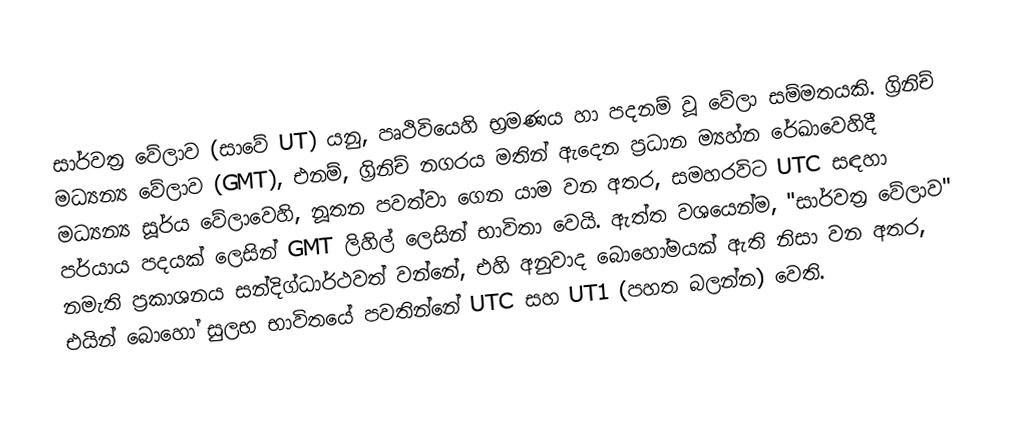
සාර්වත්‍ර වේලාව (සාවේ UT) යනු, පෘථිවියෙහි භ්‍රමණය හා පදනම් වූ   වේලා සම්මතයකි. ග්‍රිනිච් මධ්‍යන්‍ය වේලාව (GMT), එනම්, ග්‍රිනිච් නගරය මතින් ඇදෙන ප්‍රධාන ම්‍යහ්න රේඛාවෙහිදී  මධ්‍යන්‍ය සූර්ය වේලාවෙහි, නූතන පවත්වා ගෙන යාම වන අතර, සමහරවිට UTC සඳහා පර්යාය පදයක් ලෙසින් GMT ලිහිල් ලෙසින් භාවිතා වෙයි. ඇත්ත වශයෙන්ම, "සාර්වත්‍ර වේලාව" නමැති ප්‍රකාශනය සන්දිග්ධාර්ථවත් වන්නේ, එහි අනුවාද බොහෝමයක් ඇති නිසා වන අතර, එයින් බොහෝ සුලභ භාවිතයේ පවතින්නේ UTC සහ UT1 (පහත බලන්න) වෙති.